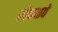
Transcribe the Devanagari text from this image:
लोकवाद्ये